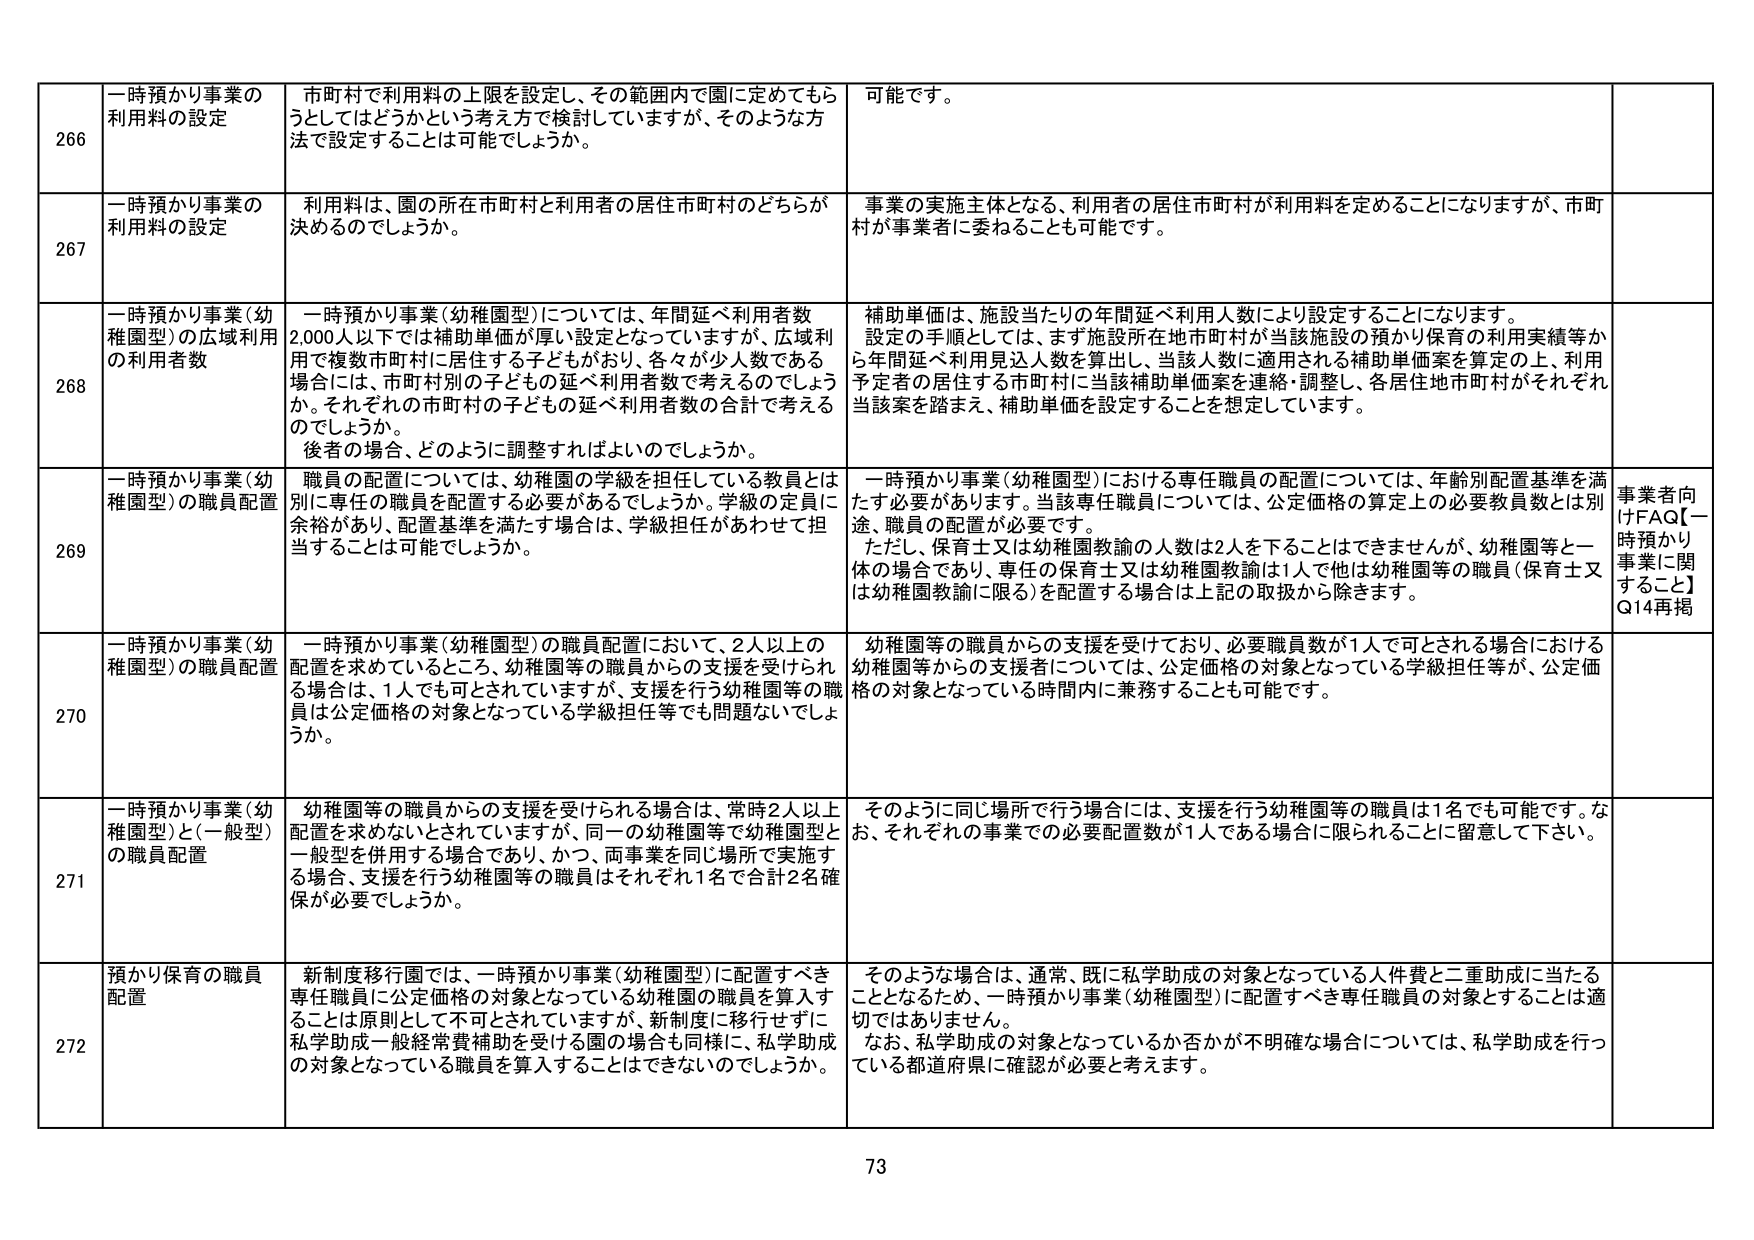
266 一時預かり事業の利用料の設定 市町村で利用料の上限を設定し、その範囲内で園に定めてもらうとしてはどうかという考え方で検討していますが、そのような方法で設定することは可能でしょうか。 可能です。

267 一時預かり事業の利用料の設定 利用料は、園の所在市町村と利用者の居住市町村のどちらが決めるのでしょうか。 事業の実施主体となる、利用者の居住市町村が利用料を定めることになりますが、市町村が事業者に委ねることも可能です。

268 一時預かり事業（幼稚園型）の広域利用の利用者数 一時預かり事業（幼稚園型）については、年間延べ利用者数2,000人以下では補助単価が厚い設定となっていますが、広域利用で複数市町村に居住する子どもがおり、各々が少人数である場合には、市町村別の子どもの延べ利用者数で考えるのでしょうか。それぞれの市町村の子どもの延べ利用者数の合計で考えるのでしょうか。 後者の場合、どのように調整すればよいのでしょうか。 補助単価は、施設当たりの年間延べ利用人数により設定することになります。設定の手順としては、まず施設所在地市町村が当該施設の預かり保育の利用実績等から年間延べ利用見込人数を算出し、当該人数に適用される補助単価案を算定の上、利用予定者の居住する市町村に当該補助単価案を連絡・調整し、各居住地市町村がそれぞれ当該案を踏まえ、補助単価を設定することを想定しています。

269 一時預かり事業（幼稚園型）の職員配置 職員の配置については、幼稚園の学級を担任している教員とは別に専任の職員を配置する必要があるでしょうか。学級の定員に余裕があり、配置基準を満たす場合は、学級担任があわせて担当することは可能でしょうか。 一時預かり事業（幼稚園型）における専任職員の配置については、年齢別配置基準を満たす必要があります。当該専任職員については、公定価格の算定上の必要教員数とは別途、職員の配置が必要です。 ただし、保育士又は幼稚園教諭の人数は2人を下ることはできませんが、幼稚園等と一体の場合であり、専任の保育士又は幼稚園教諭は1人で他は幼稚園等の職員（保育士又は幼稚園教諭に限る）を配置する場合は上記の取扱から除きます。 事業者向けFAQ【一時預かり事業に関すること】Q14再掲

270 一時預かり事業（幼稚園型）の職員配置 一時預かり事業（幼稚園型）の職員配置において、2人以上の配置を求めているところ、幼稚園等の職員からの支援を受けられる場合は、1人でも可とされていますが、支援を行う幼稚園等の職員は公定価格の対象となっている学級担任等でも問題ないでしょうか。 幼稚園等の職員からの支援を受けており、必要職員数が1人で可とされる場合における幼稚園等からの支援者については、公定価格の対象となっている学級担任等が、公定価格の対象となっている時間内に兼務することも可能です。

271 一時預かり事業（幼稚園型）と（一般型）の職員配置 幼稚園等の職員からの支援を受けられる場合は、常時2人以上配置を求めないとされていますが、同一の幼稚園等で幼稚園型と一般型を併用する場合であり、かつ、両事業を同じ場所で実施する場合、支援を行う幼稚園等の職員はそれぞれ1名で合計2名確保が必要でしょうか。 そのように同じ場所で行う場合には、支援を行う幼稚園等の職員は1名でも可能です。なお、それぞれの事業での必要配置数が1人である場合に限られることに留意して下さい。

272 預かり保育の職員配置 新制度移行園では、一時預かり事業（幼稚園型）に配置すべき専任職員に公定価格の対象となっている幼稚園の職員を算入することは原則として不可とされていますが、新制度に移行せずに私学助成一般経常費補助を受けている園の場合も同様に、私学助成の対象となっている職員を算入することはできないのでしょうか。 そのような場合は、通常、既に私学助成の対象となっている人件費と二重助成に当たることとなるため、一時預かり事業（幼稚園型）に配置すべき専任職員の対象とすることは適切ではありません。 なお、私学助成の対象となっているか否かが不明確な場合については、私学助成を行っている都道府県に確認が必要と考えます。

73